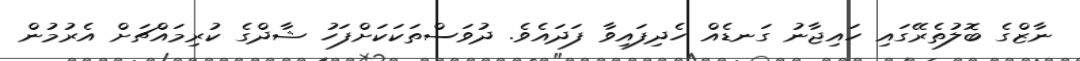
ނާޒްގެ ބޮލުތެރޭގައި ހައިޖާނު ގަނޑެއް ހެދިފައިވާ ފަދައެވެ. ދުވަސްތަކަކަށްފަހު ޝާދްގެ ކުރިމައްޗަށް އެރުމުން